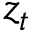
z _ { t }